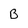
Character: B